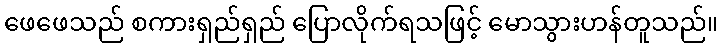
ဖေဖေသည် စကားရှည်ရှည် ပြောလိုက်ရသဖြင့် မောသွားဟန်တူသည်။